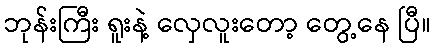
ဘုန်းကြီး ရူးနဲ့ လှေလူးတော့ တွေ့နေ ပြီ။